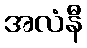
အလံနီ